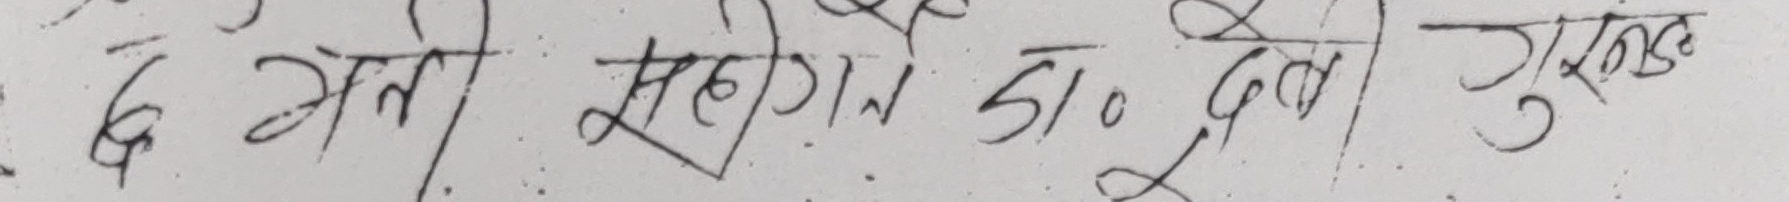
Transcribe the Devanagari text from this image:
६. अति सँगान डा० पुल गुन्छ